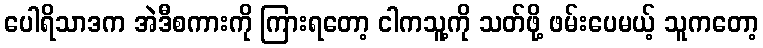
ပေါရိသာဒက အဲဒီစကားကို ကြားရတော့ ငါကသူ့ကို သတ်ဖို့ ဖမ်းပေမယ့် သူကတော့